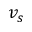
v _ { s }